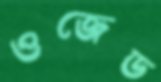
ওজেড